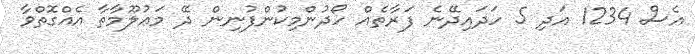
އެސް 1234 އަދި 5 ހަދައިދޭނެ ފަރާތެއް ހޯދުންމިކުންފުނިން ދޭ މަޢުލޫމާތާ އެއްގޮތްވާ